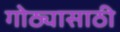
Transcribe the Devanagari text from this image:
गोठ्यासाठी